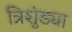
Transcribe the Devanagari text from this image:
त्रिशुंड्या